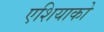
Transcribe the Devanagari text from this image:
एशियाको